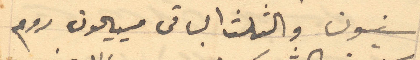
سنيون والثلث الباقى مسيحيون روم